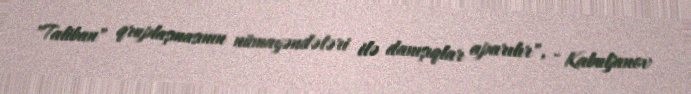
"Taliban" qruplaşmasının nümayəndələri ilə danışıqlar aparılır", - Kabuljanov